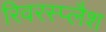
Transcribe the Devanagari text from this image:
रिवरस्प्लैश